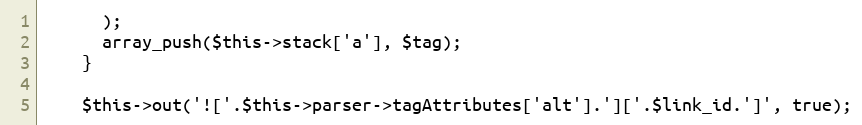
Language: PHP
      );
      array_push($this->stack['a'], $tag);
    }

    $this->out('!['.$this->parser->tagAttributes['alt'].']['.$link_id.']', true);